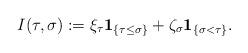
LaTeX: \begin{align*}I(\tau, \sigma):= \xi_{\tau}\textbf{1}_{\{ \tau \leq \sigma\}}+\zeta_{\sigma}\textbf{1}_{\{\sigma<\tau\}}.\end{align*}